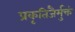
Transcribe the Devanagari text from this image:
प्रकृतिजैर्मुक्तं